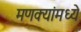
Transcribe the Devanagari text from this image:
मणक्यांमध्ये